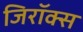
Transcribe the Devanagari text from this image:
जिरॉक्स